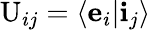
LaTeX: \mathrm{U}_{ij}=\langle\mathbf{e}_{i}|\mathbf{i}_{j}\rangle